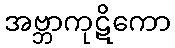
အဗ္ဘာကုဋိကော